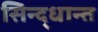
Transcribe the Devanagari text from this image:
सिन्द्धान्त